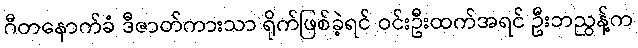
ဂီတနောက်ခံ ဒီဇာတ်ကားသာ ရိုက်ဖြစ်ခဲ့ရင် ဝင်းဦးထက်အရင် ဦးဘညွန့်က